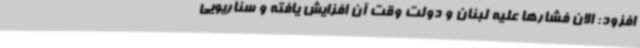
افزود: الان فشارها علیه لبنان و دولت وقت آن افزایش یافته و سناریویی